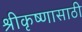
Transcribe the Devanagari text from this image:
श्रीकृष्णासाठी